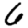
Digit: 6